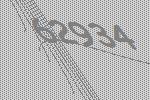
62934